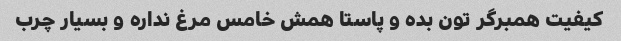
کیفیت همبرگر تون بده و پاستا همش خامس مرغ نداره و بسیار چرب